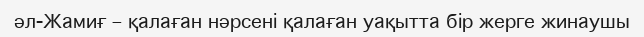
әл-Жамиғ – қалаған нәрсені қалаған уақытта бір жерге жинаушы